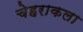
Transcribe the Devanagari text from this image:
चेहराकला